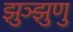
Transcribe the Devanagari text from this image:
झुञ्झुणु